King Institute of Preventive Medicine Micro-Biological Section reports 1912-19
Year: 1912
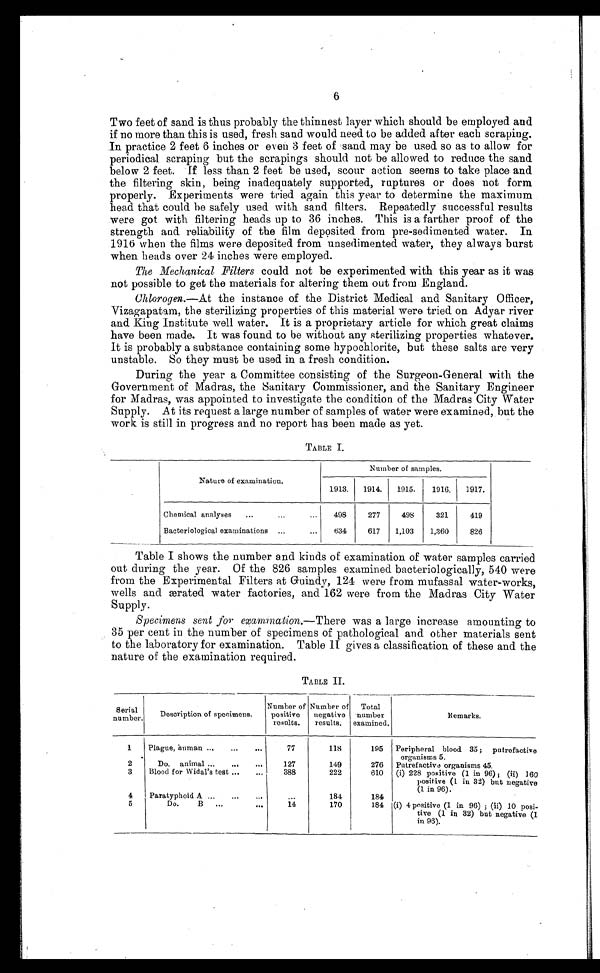
6
Two feet of sand is thus probably the thinnest layer which should be employed and
if no more than this is used, fresh sand would need to be added after each scraping.
In practice 2 feet 6 inches or even 3 feet of sand may be used so as to allow for
periodical scraping but the scrapings should not be allowed to reduce the sand
below 2 feet. If less than 2 feet be used, scour action seems to take place and
the filtering skin, being inadequately supported, ruptures or does not form
properly. Experiments were tried again this year to determine the maximum
head that could be safely used with sand filters. Repeatedly successful results
were got with filtering heads up to 36 inches. This is a farther proof of the
strength and. reliability of the film deposited from pre-sedimented water. In
1916 when the films were deposited from unsedimented water, they always burst
when heads over 24 inches were employed.
The Mechanical Filters could not be experimented with this year as it was
not possible to get the materials for altering them out from England.
Chlorogen.—At the instance of the District Medical and Sanitary Officer,
Vizagapatam, the sterilizing properties of this material were tried on Adyar river
and King Institute well water. It is a proprietary article for which great claims
have been made. It was found to be without any sterilizing properties whatever.
It is probably a substance containing some hypochlorite, but these salts are very
unstable. So they must be used in a fresh condition.
During the year a Committee consisting of the Surgeon-General with the
Government of Madras, the Sanitary Commissioner, and the Sanitary Engineer
for Madras, was appointed to investigate the condition of the Madras City Water
Supply. At its request a large number of samples of water were examined, but the
work is still in progress and no report has been made as yet.
TABLE I.
Nature of examination.
Number of samples.
1913.
1914.
1915.
1916.
1917.
Chemical analyses . . .
498
277
498
321
419
Bacteriological examinations . . . I634
617
1,103
1,360
826
Table I shows the number and kinds of examination of water samples carried
out during the year. Of the 826 samples examined bacteriologically, 540 were
from the Experimental Filters at Guindy, 124 were from mufassal water-works,
wells and ærated water factories, and 162 were from the Madras City Water
Supply.
Specimens sent for examination. —There was a large increase amounting to
35 per cent in the number of specimens of pathological and other materials sent
to the laboratory for examination. Table II gives a classification of these and the
nature of the examination required.
TABLE II.
Serial
number.
Description of specimens.
Number of
positive
results.
Number of
negative
results.
Total
number
examined.
Remarks.
1
Plague, human . . .
77
118
195 Peripheral blood 35 ; putrefactive
organisms 5.
2
Do. animal . . .
127
149
276
Putrefactive organisms 45.
3
Blood for Widal's test . . .
388
222
610
(i) 228 positive (1 in 96); (ii) 160
positive (1 in 32) but negative
(1 in 96).
4
Paratyphoid A . . .
. . .
184
184
5
Do. B . . .
14
170
184 (i) 4 positive (1 in 96); (ii) 10 posi-
tive (1 in 32) but negative (1
in 96).